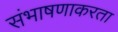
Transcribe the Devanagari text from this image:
संभाषणाकरता